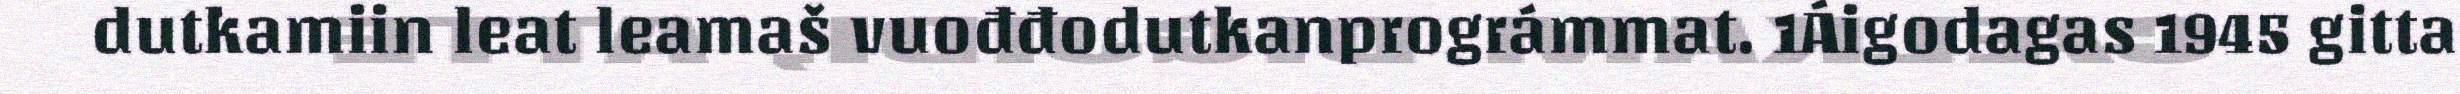
dutkamiin leat leamaš vuođđodutkanprográmmat. 1Áigodagas 1945 gitta